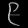
Digit: ၉